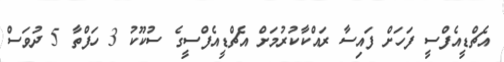
އެޗްޑީއެފްސީ ފަހަށް ފައިސާ ރައްކާކުރުމަށް އެޗްޑީއެފްސީގެ ސުކޫކު 3 ހަފްތާ 5 ދުވަސް